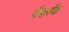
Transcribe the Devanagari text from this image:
शैमारॉक